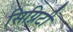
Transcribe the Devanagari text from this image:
सिग्निटी